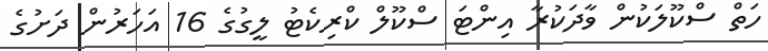
ހަތް ސްކޫލަކުން ވާދަކުރާ އިންޓަ ސްކޫލް ކްރިކެޓު ލީގުގެ 16 އަހަރުން ދަށުގެ